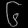
Digit: ၆